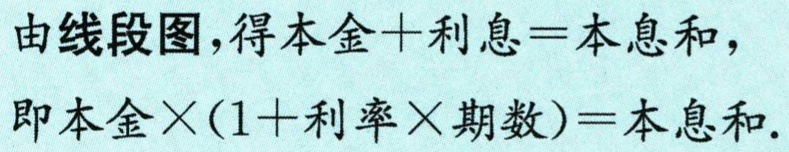
由线段图，得本金+利息=本息和，
即本金×(1+利率×期数)=本息和.